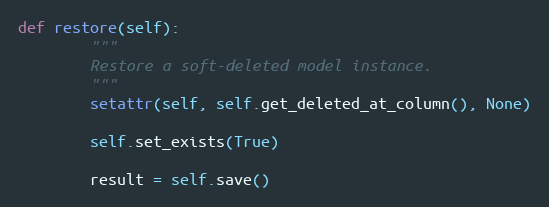
Language: Python
def restore(self):
        """
        Restore a soft-deleted model instance.
        """
        setattr(self, self.get_deleted_at_column(), None)

        self.set_exists(True)

        result = self.save()